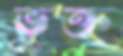
ভুক্ত